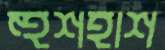
হুশহাশ